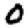
Digit: 0